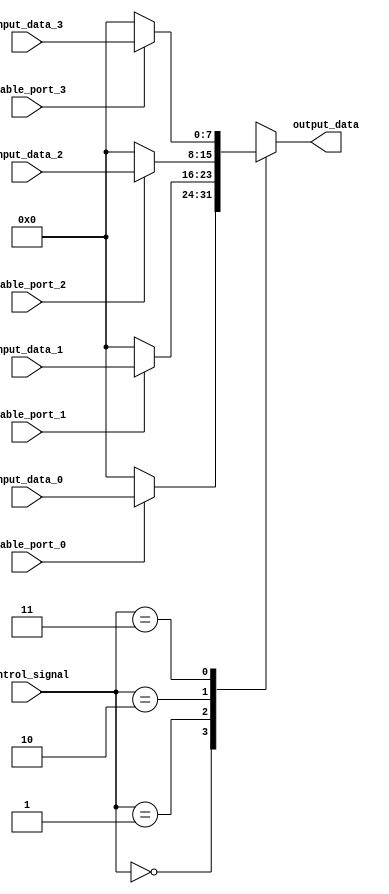
module IO_Block_Bus_Switch (
    input wire [1:0] control_signal,
    input wire [7:0] input_data_0,
    input wire [7:0] input_data_1,
    input wire [7:0] input_data_2,
    input wire [7:0] input_data_3,
    input wire enable_port_0,
    input wire enable_port_1,
    input wire enable_port_2,
    input wire enable_port_3,
    output reg [7:0] output_data
);

always @ (control_signal, input_data_0, input_data_1, input_data_2, input_data_3, enable_port_0, enable_port_1, enable_port_2, enable_port_3) begin
    case (control_signal)
        2'b00: begin
            if (enable_port_0)
                output_data = input_data_0;
            else
                output_data = 8'd0;
        end
        
        2'b01: begin
            if (enable_port_1)
                output_data = input_data_1;
            else
                output_data = 8'd0;
        end
        
        2'b10: begin
            if (enable_port_2)
                output_data = input_data_2;
            else
                output_data = 8'd0;
        end
        
        2'b11: begin
            if (enable_port_3)
                output_data = input_data_3;
            else
                output_data = 8'd0;
        end
    endcase
end

endmodule